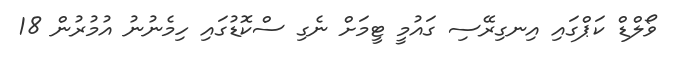
ވޯލްޑް ކަޕްގައި އިނގިރޭސި ގައުމީ ޓީމަށް ނެގި ސްކޮޑުގައި ހިމެނުނު އުމުރުން 18